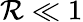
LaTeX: \mathcal{R}\ll1